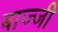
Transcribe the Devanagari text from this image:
बाज्जी